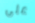
على